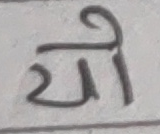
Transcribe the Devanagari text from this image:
यो